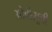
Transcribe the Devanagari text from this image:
ओवीसूची